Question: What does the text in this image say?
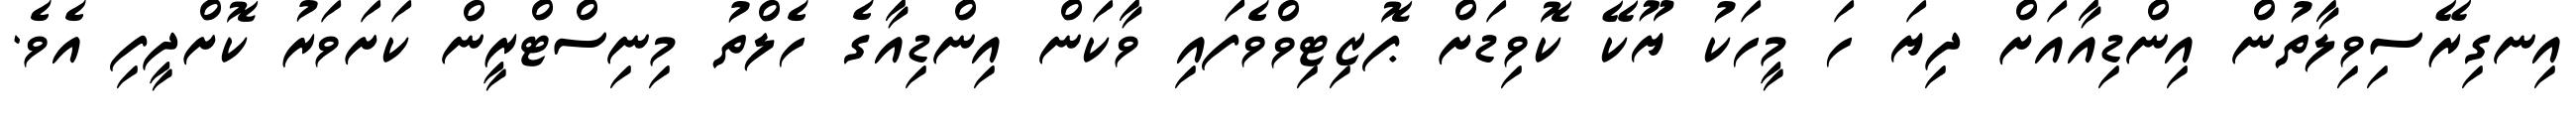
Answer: އިނގިރޭސިވިލާތުން އިންޑިއާއަށް ދިޔަ ހަ މީހަކު ޔޫކޭ ކޮވިޑަށް ޕޮޒިޓިވްވެފައި ވާކަން އިންޑިއާގެ ހެލްތު މިނިސްޓްރީން ކަށަވަރު ކޮށްދީފި އެވެ.